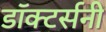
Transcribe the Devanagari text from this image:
डॉक्टर्सनी